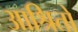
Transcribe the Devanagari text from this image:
आश्रितो